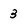
Character: 3